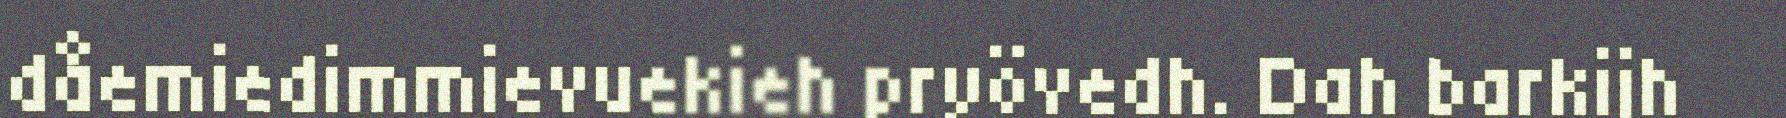
dåemiedimmievuekieh pryövedh. Dah barkijh